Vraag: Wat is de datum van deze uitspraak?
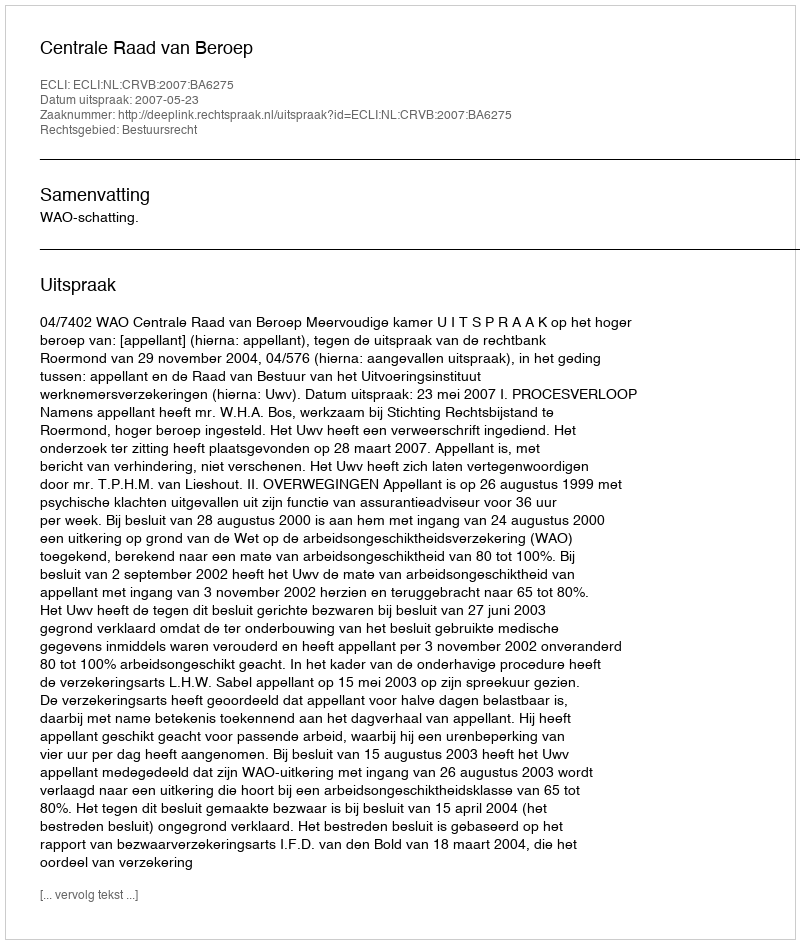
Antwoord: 2007-05-23